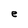
Character: e